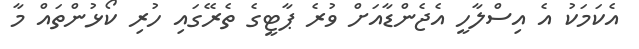
އެކަމަކު އެ އިސްލާހީ އެޖެންޑާއަށް ވުރެ ޕާޓީގެ ތެރޭގައި ހުރި ކޯޅުންތައް މާ